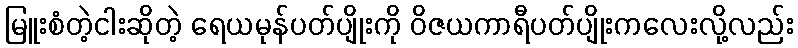
မြူးစံတဲ့ငါးဆိုတဲ့ ရေယမုန်ပတ်ပျိုးကို ဝိဇယကာရီပတ်ပျိုးကလေးလို့လည်း